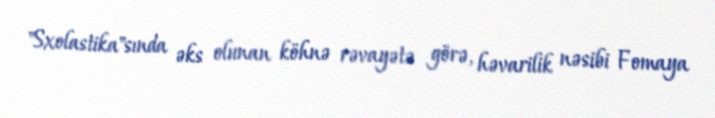
"Sxolastika"sında əks olunan köhnə rəvayətə görə, həvarilik nəsibi Fomaya